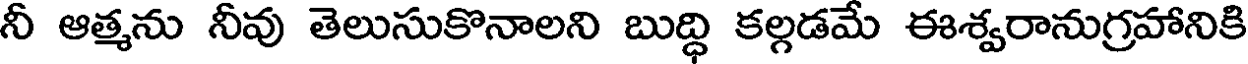
నీ ఆత్మను నీవు తెలుసుకొనాలని బుద్ధి కల్గడమే ఈశ్వరానుగ్రహానికి